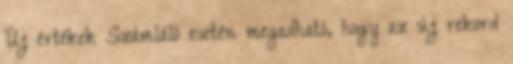
Új értékek Számláló esetén megadható, hogy az új rekord